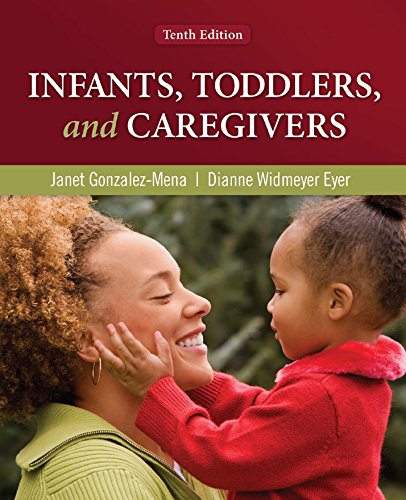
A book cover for Infants, Toddlers, and Caregivers: A Curriculum of Respectful, Responsive, Relationship-Based Care and Education; Janet Gonzalez-Mena; Education & Teaching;